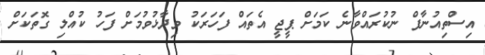
އިސްތިއުނާފް ނުކުރައްވާނެ ކަމަށް ޕީޖީ އެތައް ފަހަރަކު ވިދާޅުވުމަށް ފަހު ކުއްލި ގޮތަކަށް